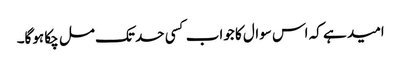
امید ہے کہ اس سوال کا جواب کسی حد تک مل چکا ہوگا۔